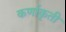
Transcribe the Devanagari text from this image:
कर्णाकृती